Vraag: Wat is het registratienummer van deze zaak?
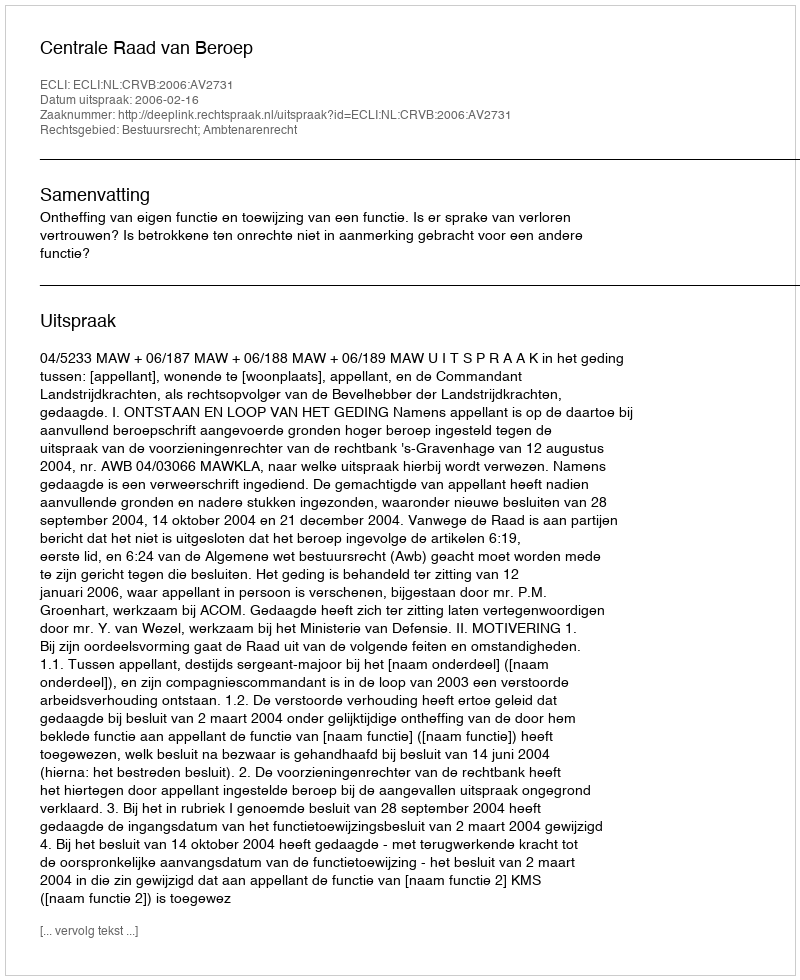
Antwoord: http://deeplink.rechtspraak.nl/uitspraak?id=ECLI:NL:CRVB:2006:AV2731